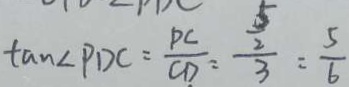
\tan \angle P D C = \frac { P C } { C D } = \frac { \frac { 5 } { 2 } } { 3 } = \frac { 5 } { 6 }